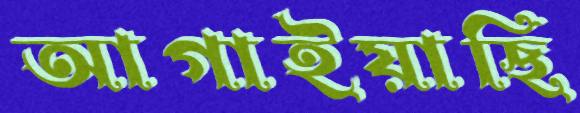
আগাইয়াছি